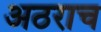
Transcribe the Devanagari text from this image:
अठराच